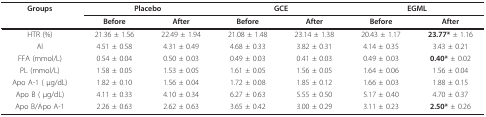
| Groups | <COLSPAN=2> Placebo | <COLSPAN=2> GCE | <COLSPAN=2> EGML |
 |  | Before | After | Before | After | Before | After |
 | --- | --- | --- | --- | --- | --- | --- |
 | HTR (%) | 21.36 ± 1.56 | 22.49 ± 1.94 | 21.08 ± 1.48 | 23.14 ± 1.38 | 20.43 ± 1.17 | 23.77* ± 1.16 |
 | AI | 4.51 ± 0.58 | 4.31 ± 0.49 | 4.68 ± 0.33 | 3.82 ± 0.31 | 4.14 ± 0.35 | 3.43 ± 0.21 |
 | FFA (mmol/L) | 0.54 ± 0.04 | 0.50 ± 0.03 | 0.49 ± 0.03 | 0.41 ± 0.03 | 0.49 ± 0.03 | 0.40* ± 0.02 |
 | PL (mmol/L) | 1.58 ± 0.05 | 1.53 ± 0.05 | 1.61 ± 0.05 | 1.56 ± 0.05 | 1.64 ± 0.06 | 1.56 ± 0.04 |
 | Apo A-1 ( μg/dL) | 1.82 ± 0.10 | 1.56 ± 0.04 | 1.72 ± 0.08 | 1.85 ± 0.12 | 1.66 ± 0.03 | 1.88 ± 0.15 |
 | Apo B ( μg/dL) | 4.11 ± 0.33 | 4.10 ± 0.34 | 6.27 ± 0.63 | 5.55 ± 0.50 | 5.17 ± 0.40 | 4.70 ± 0.37 |
 | Apo B/Apo A-1 | 2.26 ± 0.63 | 2.62 ± 0.63 | 3.65 ± 0.42 | 3.00 ± 0.29 | 3.11 ± 0.23 | 2.50* ± 0.26 |